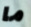
ما